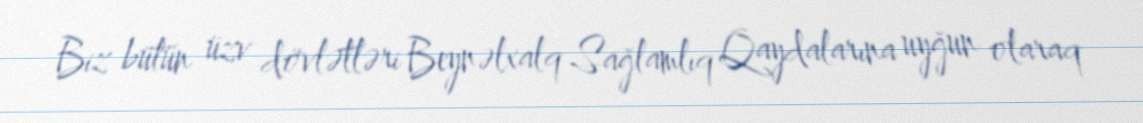
Biz bütün üzv dövlətləri Beynəlxalq Sağlamlıq Qaydalarına uyğun olaraq